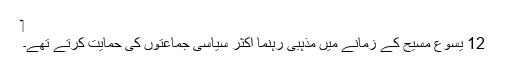
‏
12 یسوع مسیح کے زمانے میں مذہبی رہنما اکثر سیاسی جماعتوں کی حمایت کرتے تھے۔